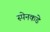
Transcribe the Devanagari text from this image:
स्पेनकडे